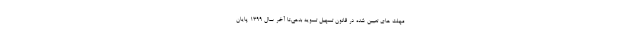
مهلت های تعیین شده در قانون تسهیل تسویه بدهی،تا آخر سال ۱۳۹۹ پایان